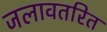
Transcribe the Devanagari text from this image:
जलावतरित